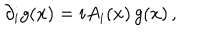
LaTeX: \partial _ { i } g ( x ) = i A _ { i } ( x ) \, g ( x ) \, ,